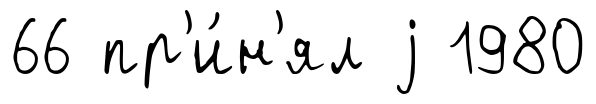
66 пр'и́н'ял j 1980